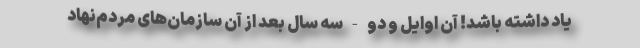
یاد داشته‌ باشد! آن اوایل و دو - سه سال بعد از آن سازمان‌های مردم‌نهاد